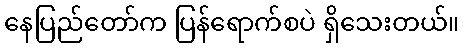
နေပြည်တော်က ပြန်ရောက်စပဲ ရှိသေးတယ်။